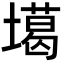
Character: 𡑪